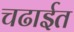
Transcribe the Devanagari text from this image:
चढाईत